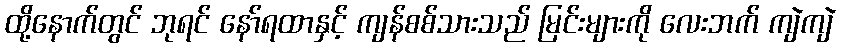
ထို့နောက်တွင် ဘုရင် နော်ရထာနှင့် ကျန်စစ်သားသည် မြင်းများကို လေးဘက် ကျဲကျဲ